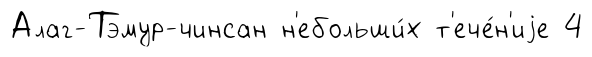
Алаг-Тэмур-чинсан н'ебольши́х т'ече́н'иjе 4